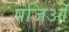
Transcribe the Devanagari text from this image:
पंजिओं